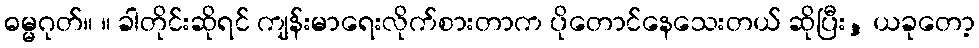
ဓမ္မဂုတ်။ ။ ခါတိုင်းဆိုရင် ကျန်းမာရေးလိုက်စားတာက ပိုတောင်နေသေးတယ် ဆိုပြီး, ယခုတော့